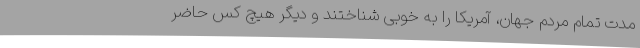
مدت تمام مردم جهان، آمریکا را به خوبی شناختند و دیگر هیچ کس حاضر